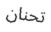
تحنان